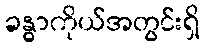
ခန္ဓာကိုယ်အတွင်းရှိ